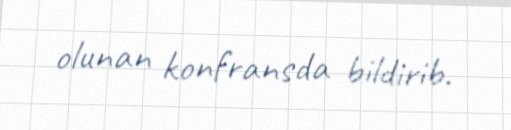
olunan konfransda bildirib.